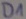
Text: D1